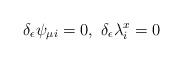
\begin{align*}\delta_{\epsilon}\psi_{\mu i}=0,\ \delta_{\epsilon}\lambda_i^x=0\end{align*}